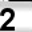
Digit: 2